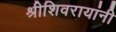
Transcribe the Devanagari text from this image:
श्रीशिवरायांनी